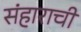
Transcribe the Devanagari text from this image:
संहाराची